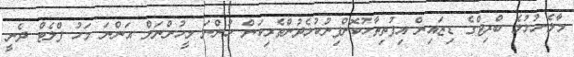
މާލެ-ހުޅުލެ ބްރިޖްގެ ޑިޒައިން އިފުތިތާހުކޮށްފިނުކުޅެދުންތެރިކަން ހުންނަ މީހުންނަށް އަންނަ މަހު ފްލެޓް ދެނީ